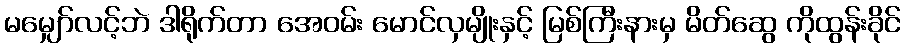
မမျှော်လင့်ဘဲ ဒါရိုက်တာ အေဝမ်း မောင်လှမျိုးနှင့် မြစ်ကြီးနားမှ မိတ်ဆွေ ကိုထွန်းခိုင်